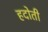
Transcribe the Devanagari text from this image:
हदोती